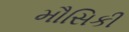
મૌસિકી